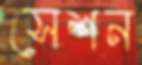
সেশন